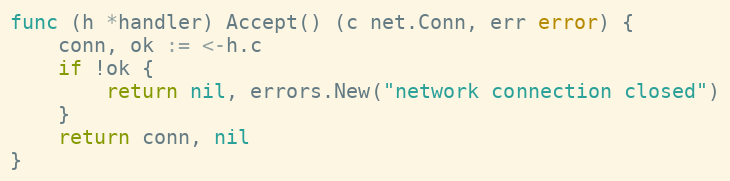
Language: Go
func (h *handler) Accept() (c net.Conn, err error) {
	conn, ok := <-h.c
	if !ok {
		return nil, errors.New("network connection closed")
	}
	return conn, nil
}